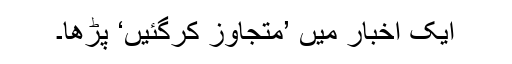
ایک اخبار میں ’متجاوز کرگئیں‘ پڑھا۔